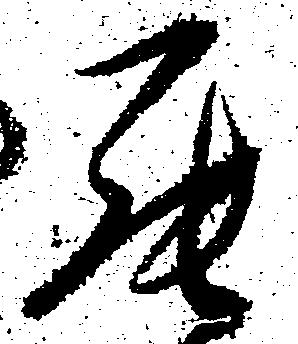
罷